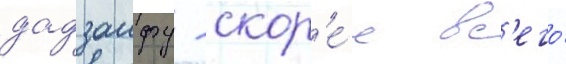
дадзаифу - скор'е́е вс'его́